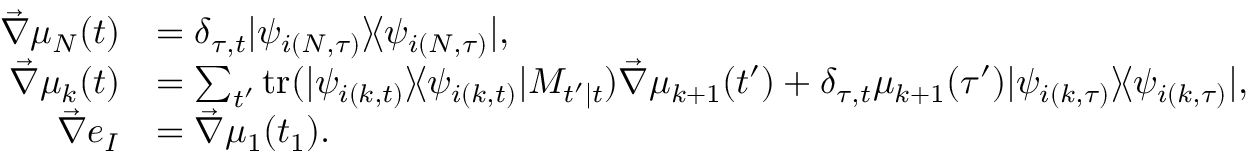
\begin{array} { r l } { \vec { \nabla } \mu _ { N } ( t ) } & { = \delta _ { \tau , t } | \psi _ { i ( N , \tau ) } \rangle \! \langle \psi _ { i ( N , \tau ) } | , } \\ { \vec { \nabla } \mu _ { k } ( t ) } & { = \sum _ { t ^ { \prime } } \mathrm { t r } ( | \psi _ { i ( k , t ) } \rangle \! \langle \psi _ { i ( k , t ) } | M _ { t ^ { \prime } | t } ) \vec { \nabla } \mu _ { k + 1 } ( t ^ { \prime } ) + \delta _ { \tau , t } \mu _ { k + 1 } ( \tau ^ { \prime } ) | \psi _ { i ( k , \tau ) } \rangle \! \langle \psi _ { i ( k , \tau ) } | , } \\ { \vec { \nabla } e _ { I } } & { = \vec { \nabla } \mu _ { 1 } ( t _ { 1 } ) . } \end{array}